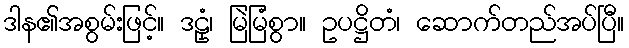
ဒါန၏အစွမ်းဖြင့်။ ဒဠှံ၊ မြဲမြံစွာ။ ဥပဋ္ဌိတံ၊ ဆောက်တည်အပ်ပြီ။